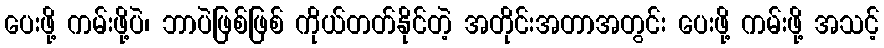
ပေးဖို့ ကမ်းဖို့ပဲ၊ ဘာပဲဖြစ်ဖြစ် ကိုယ်တတ်နိုင်တဲ့ အတိုင်းအတာအတွင်း ပေးဖို့ ကမ်းဖို့ အသင့်